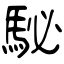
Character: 駜